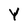
Character: Y